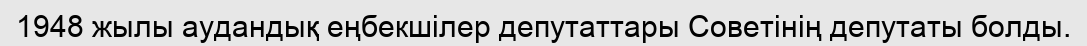
1948 жылы аудандық еңбекшілер депутаттары Советінің депутаты болды.